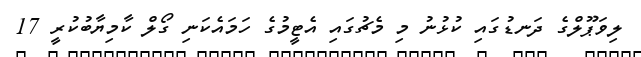
ލިވަޕޫލްގެ ދަނޑުގައި ކުޅުނު މި މެޗުގައި އެޓީމުގެ ހަމައެކަނި ގޯލް ކާމިޔާބުކުރީ 17